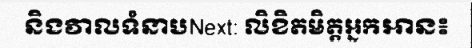
និងវាលទំនាបNext: លិខិតមិត្តអ្នកអាន៖